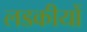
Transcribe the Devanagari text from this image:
लडकीयों